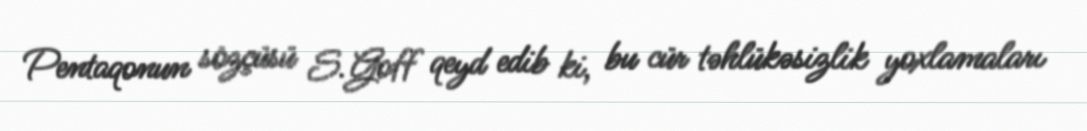
Pentaqonun sözçüsü S.Goff qeyd edib ki, bu cür təhlükəsizlik yoxlamaları